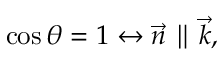
\cos \theta = 1 \leftrightarrow \vec { n } \parallel \vec { k } ,